Scientific memoirs by medical officers of the Army of India - Part XII,
Year: 1901
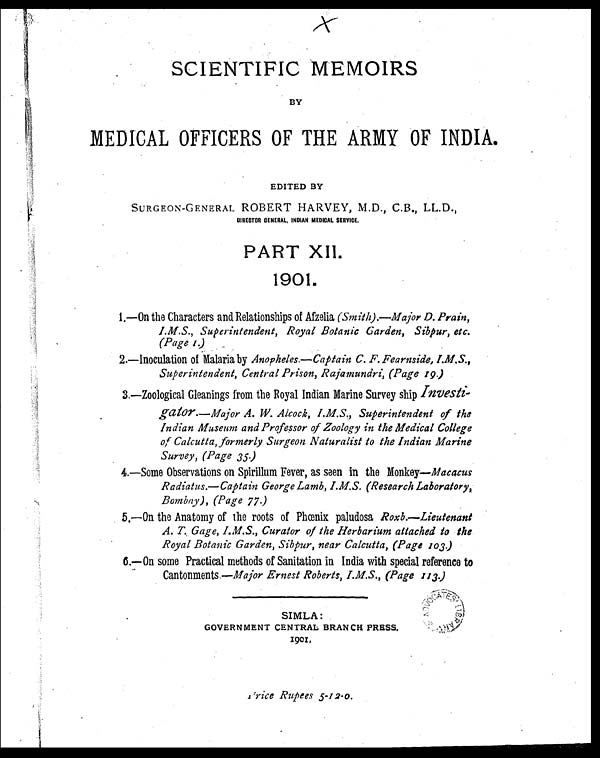
SCIENTIFIC MEMOIRS
BY
MEDICAL OFFICERS OF THE ARMY OF INDIA.
EDITED BY
SURGEON-GENERAL ROBERT HARVEY, M.D., C.B., LL.D.,
DIRECTOR GENERAL, INDIAN MEDICAL SERVICE.
PART XII.
1901.
1 .
— On the Characters and Relationships of Afzelia ( Smith) .—Major D. Prain,
I.M.S., Superintendent, Royal Botanic Garden, Sibpur, etc.
(Page 1.)
2.— Inoculation of Malaria by Anopheles. — Captain C. F. Fearnside, I.M.S.,
Superintendent, Central Prison, Rajamundri, (Page 19.)
3.—Zoological Gleanings from the Royal Indian Marine Survey ship Investi-
gator. — Major A. W. Alcock, I.M.S., Superintendent of the
Indian Museum and Professor of Zoology in the Medical College
of Calcutta, formerly Surgeon Naturalist to the Indian Marine
Survey, (Page 35.)
4. —Some Observations on Spirillum Fever, as seen in the Monkey— Macacus
Radiatus. — Captain George Lamb, I.M.S. (Research Laboratory,
Bombay) , (Page 77.)
5. — On the Anatomy of the roots of Phœnix paludosa Roxb.—
L i e u t e n a n t
A. T. Gage, I.M.S., Curator of the Herbarium attached to the
Royal Botanic Garden, Sibpur, near Calcutta, (Page 103.)
6.— On some Practical methods of Sanitation in India with special reference to
Cantonments. — Major Ernest Roberts, I.M.S., (Page 113.)
SIMLA :
GOVERNMENT CENTRAL BRANCH PRESS.
1901.
Price Rupees 5-12-0.